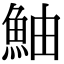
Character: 鮋